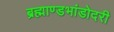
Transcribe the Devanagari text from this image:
ब्रह्माण्डभांडोदरी